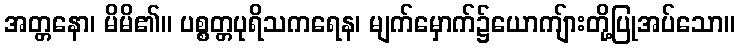
အတ္တနော၊ မိမိ၏။ ပစ္စတ္တပုရိသကရေန၊ မျက်မှောက်၌ယောကျ်ားတို့ပြုအပ်သော။